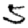
Digit: 5